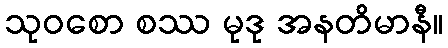
သုဝစော စဿ မုဒု အနတိမာနီ။